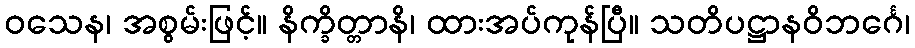
ဝသေန၊ အစွမ်းဖြင့်။ နိက္ခိတ္တာနိ၊ ထားအပ်ကုန်ပြီ။ သတိပဋ္ဌာနဝိဘင်္ဂေ၊